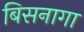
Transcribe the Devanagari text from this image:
बिसनागा